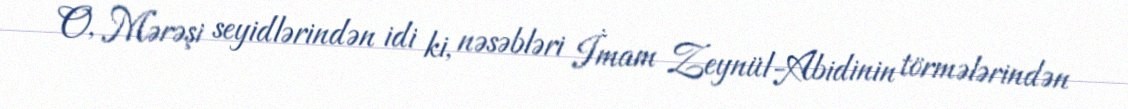
O, Mərəşi seyidlərindən idi ki, nəsəbləri İmam Zeynül-Abidinin törmələrindən